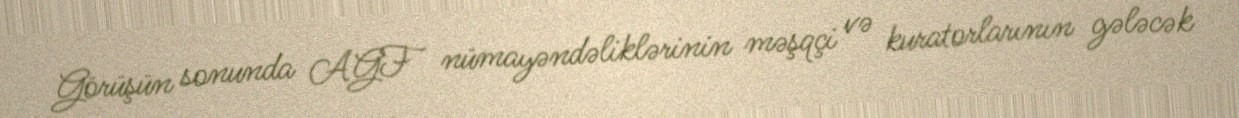
Görüşün sonunda AGF nümayəndəliklərinin məşqçi və kuratorlarının gələcək